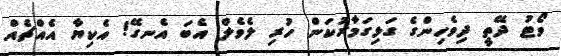
ވޯޓު ދޭތީ ދިވެހިންގެ ގަޅިގަމާރުކަން ހުރި ލެވެލް އެބަ އެނގޭ! އެކިޔާ އެއްޗެއް